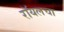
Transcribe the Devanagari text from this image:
रॉयलचा